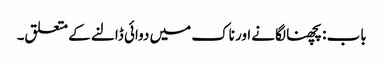
باب : پچھنا لگانے اور ناک میں دوائی ڈالنے کے متعلق۔